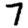
Digit: 7